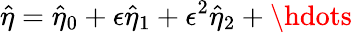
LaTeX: \hat{\eta}=\hat{\eta}_{0}+\epsilon\hat{\eta}_{1}+\epsilon^{2}\hat{\eta}_{2}+\hdots